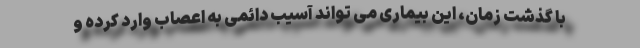
با گذشت زمان، این بیماری می تواند آسیب دائمی به اعصاب وارد کرده و